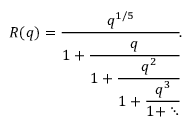
R ( q ) = { \cfrac { q ^ { 1 / 5 } } { 1 + { \cfrac { q } { 1 + { \cfrac { q ^ { 2 } } { 1 + { \cfrac { q ^ { 3 } } { 1 + \ddots } } } } } } } } .